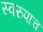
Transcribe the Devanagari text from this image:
स्वरुपाच